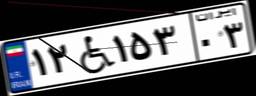
۱۲W۱۵۳۰۳